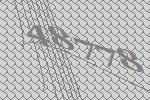
48778